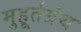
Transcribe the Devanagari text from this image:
मुहूर्तग्रंथ